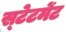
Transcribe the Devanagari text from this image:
स्‍टेटमेंट